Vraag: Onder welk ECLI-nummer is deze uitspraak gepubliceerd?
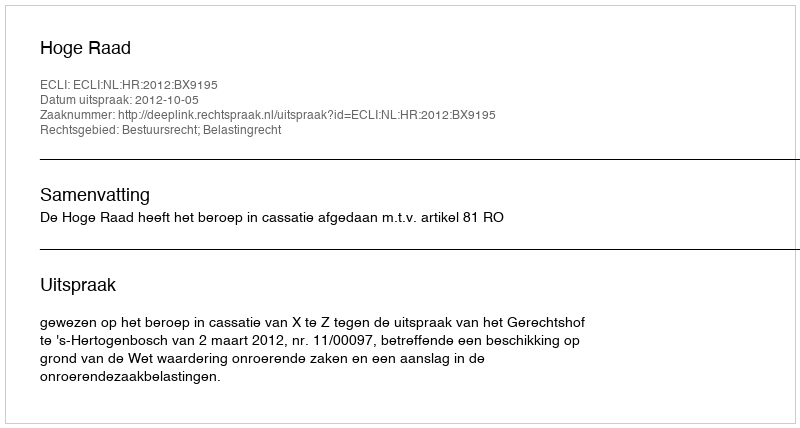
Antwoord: ECLI:NL:HR:2012:BX9195